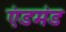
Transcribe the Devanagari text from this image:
एंडमंड